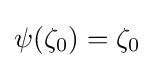
\psi (\zeta _{0})=\zeta _{0}